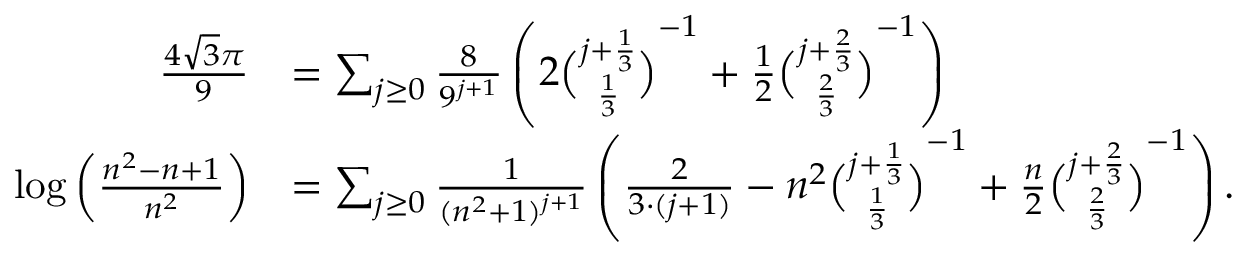
{ \begin{array} { r l } { { \frac { 4 { \sqrt { 3 } } \pi } { 9 } } } & { = \sum _ { j \geq 0 } { \frac { 8 } { 9 ^ { j + 1 } } } \left( 2 { \binom { j + { \frac { 1 } { 3 } } } { \frac { 1 } { 3 } } } ^ { - 1 } + { \frac { 1 } { 2 } } { \binom { j + { \frac { 2 } { 3 } } } { \frac { 2 } { 3 } } } ^ { - 1 } \right) } \\ { \log \left( { \frac { n ^ { 2 } - n + 1 } { n ^ { 2 } } } \right) } & { = \sum _ { j \geq 0 } { \frac { 1 } { ( n ^ { 2 } + 1 ) ^ { j + 1 } } } \left( { \frac { 2 } { 3 \cdot ( j + 1 ) } } - n ^ { 2 } { \binom { j + { \frac { 1 } { 3 } } } { \frac { 1 } { 3 } } } ^ { - 1 } + { \frac { n } { 2 } } { \binom { j + { \frac { 2 } { 3 } } } { \frac { 2 } { 3 } } } ^ { - 1 } \right) . } \end{array} }